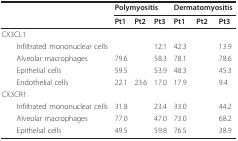
<table><thead><tr><td>[EMPTY_CELL]</td><td colspan="3"><b>Polymyositis</b></td><td colspan="3"><b>Dermatomyositis</b></td></tr><tr><td>[EMPTY_CELL]</td><td><b>Pt1</b></td><td><b>Pt2</b></td><td><b>Pt3</b></td><td><b>Pt1</b></td><td><b>Pt2</b></td><td><b>Pt3</b></td></tr></thead><tbody><tr><td>CX3CL1</td><td>[EMPTY_CELL]</td><td>[EMPTY_CELL]</td><td>[EMPTY_CELL]</td><td>[EMPTY_CELL]</td><td>[EMPTY_CELL]</td><td>[EMPTY_CELL]</td></tr><tr><td> Infiltrated mononuclear cells</td><td>[EMPTY_CELL]</td><td>[EMPTY_CELL]</td><td>12.1</td><td>42.3</td><td>[EMPTY_CELL]</td><td>13.9</td></tr><tr><td> Alveolar macrophages</td><td>79.6</td><td>[EMPTY_CELL]</td><td>58.3</td><td>78.1</td><td>[EMPTY_CELL]</td><td>78.6</td></tr><tr><td> Epithelial cells</td><td>59.5</td><td>[EMPTY_CELL]</td><td>53.9</td><td>48.3</td><td>[EMPTY_CELL]</td><td>45.3</td></tr><tr><td> Endothelial cells</td><td>22.1</td><td>23.6</td><td>17.0</td><td>17.9</td><td>[EMPTY_CELL]</td><td>9.4</td></tr><tr><td>CX3CR1</td><td>[EMPTY_CELL]</td><td>[EMPTY_CELL]</td><td>[EMPTY_CELL]</td><td>[EMPTY_CELL]</td><td>[EMPTY_CELL]</td><td>[EMPTY_CELL]</td></tr><tr><td> Infiltrated mononuclear cells</td><td>31.8</td><td>[EMPTY_CELL]</td><td>23.4</td><td>33.0</td><td>[EMPTY_CELL]</td><td>44.2</td></tr><tr><td> Alveolar macrophages</td><td>77.0</td><td>[EMPTY_CELL]</td><td>47.0</td><td>73.0</td><td>[EMPTY_CELL]</td><td>68.2</td></tr><tr><td> Epithelial cells</td><td>49.5</td><td>[EMPTY_CELL]</td><td>59.8</td><td>76.5</td><td>[EMPTY_CELL]</td><td>38.9</td></tr></tbody></table>